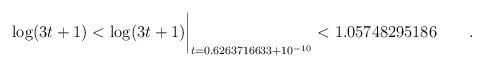
LaTeX: \begin{align*}\log(3t+1) < \log(3t+1)\biggr\rvert_{t=0.6263716633 + 10^{-10}}< 1.05748295186\quad \quad. \end{align*}